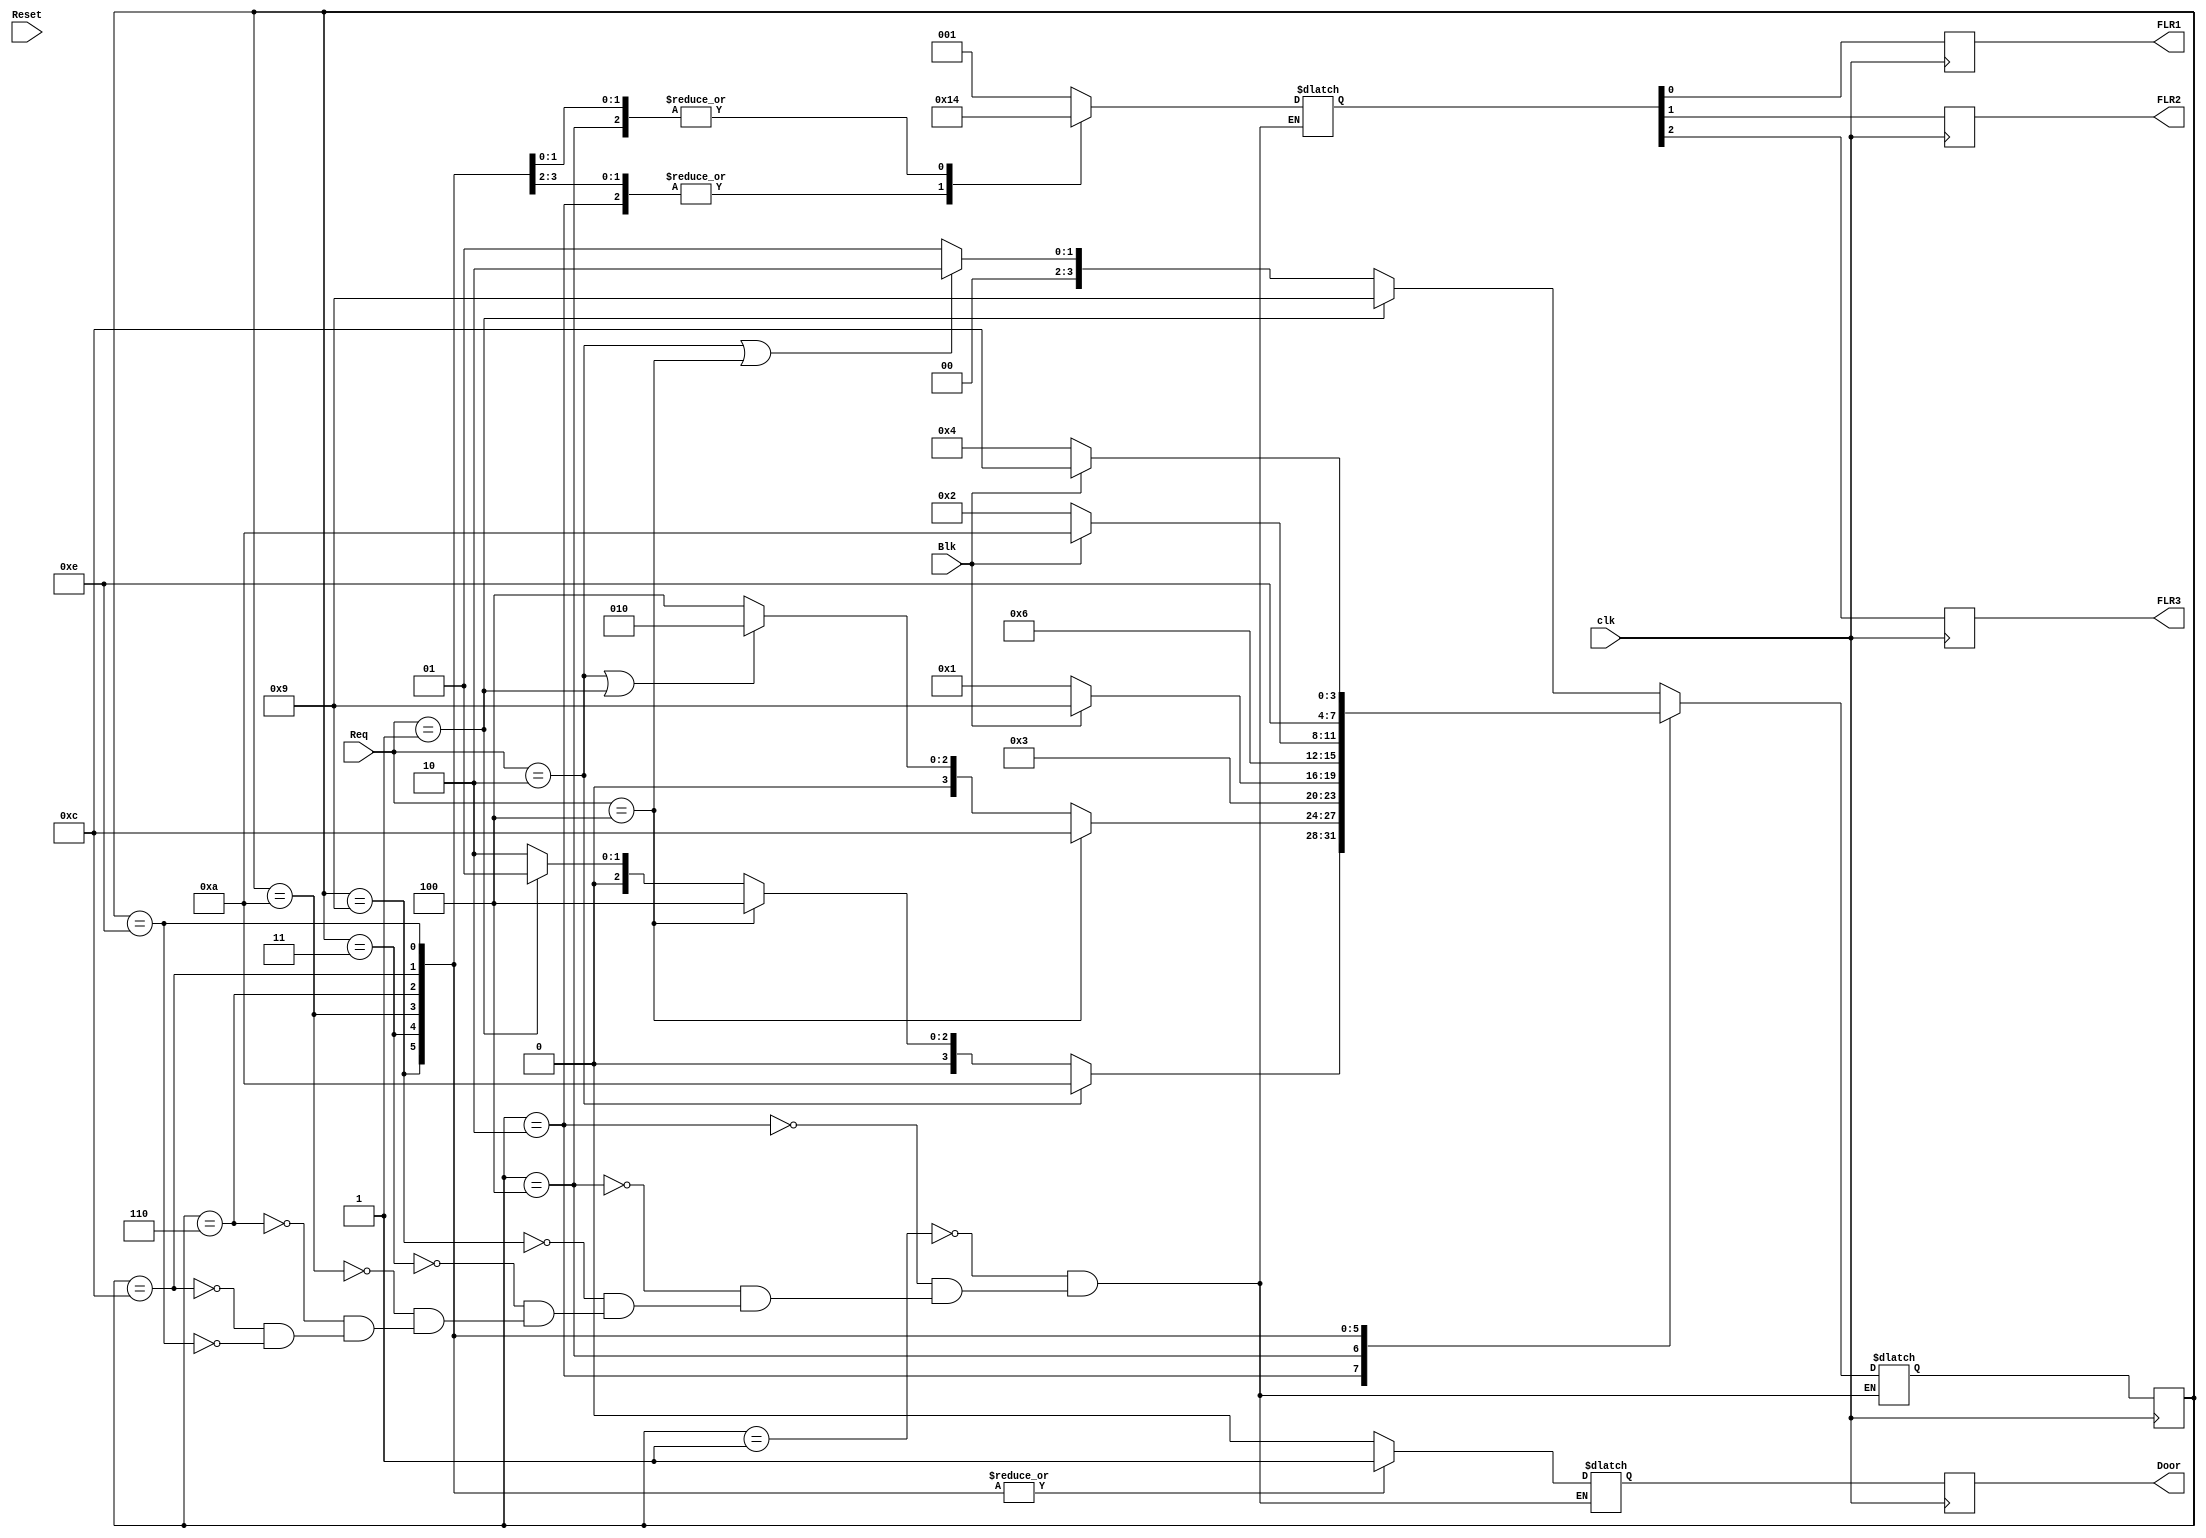
`timescale 1ns / 1ps
module proj(Req, Blk, clk, FLR1, FLR2, FLR3, Door,Reset);
    input Blk, clk,Reset;
    input [3:1] Req;
    output reg FLR1, FLR2, FLR3, Door;
    reg [4:1]state, next;
    reg [3:1]F;
    reg D;
    parameter FL1=4'b0001,FL2=4'b0010,FL3=4'b0100,OP11=4'b1001,OP12=4'b0011,OP21=4'b1010,OP22=4'b0110,OP31=4'b1100,OP32=4'b1110;
    
    initial begin
        state=FL1;
        F='b001;
        FLR1=F[1];
        FLR2=F[2];
        FLR3=F[3];
    end
    always@(posedge clk)
    begin
        state=next;
        FLR1=F[1];
        FLR2=F[2];
        FLR3=F[3];
        Door=D;
    end
    
    always@(Req,Blk,state)
    begin
    case(state)
        FL1:begin
            F='b001;D=0;
            if(Req==3'b001)
            next=OP11;
            else if(Req==3'b010||Req==3'b100)
            next=FL2;
            else next=FL1;
        end
        FL2:begin
            F='b010;D=0;
            if(Req==3'b010)
            next=OP21;
            else if(Req==3'b100)
            next=FL3;
            else if(Req==3'b001)
            next=FL1;
            else next=FL2;
        end
        FL3:begin
            F='b100;D=0;
            if(Req==3'b100)
            next=OP31;
            else if(Req==3'b010||Req==3'b001)
            next=FL2;
            else next=FL3;
        end
        OP11:begin
            D=1;
            F='b001;
            next=OP12;
        end
        OP12:begin
            D=1;
            F='b001;
            if(!Blk)
            next=FL1;
            else next=OP11;
        end
        OP21:begin
            D=1;
            F='b010;
            next=OP22;
        end
        OP22:begin
            D=1;
            F='b010;
            if(!Blk)
            next=FL2;
            else next=OP21;
        end
        OP31:begin
            D=1;
            F='b100;
            next=OP32;
        end
        OP32:begin
            D=1;
            F='b100;
            if(Blk)
            next=OP31;
            else next=FL3;
        end
    endcase
    end
endmodule